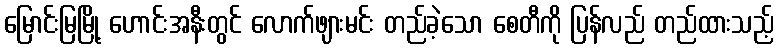
မြောင်းမြမြို့ ဟောင်းအနီးတွင် လောက်ဖျားမင်း တည်ခဲ့သော စေတီကို ပြန်လည် တည်ထားသည့်